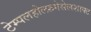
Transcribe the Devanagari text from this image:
टेम्पलहोल्फ़गेसेलशाफ्ट